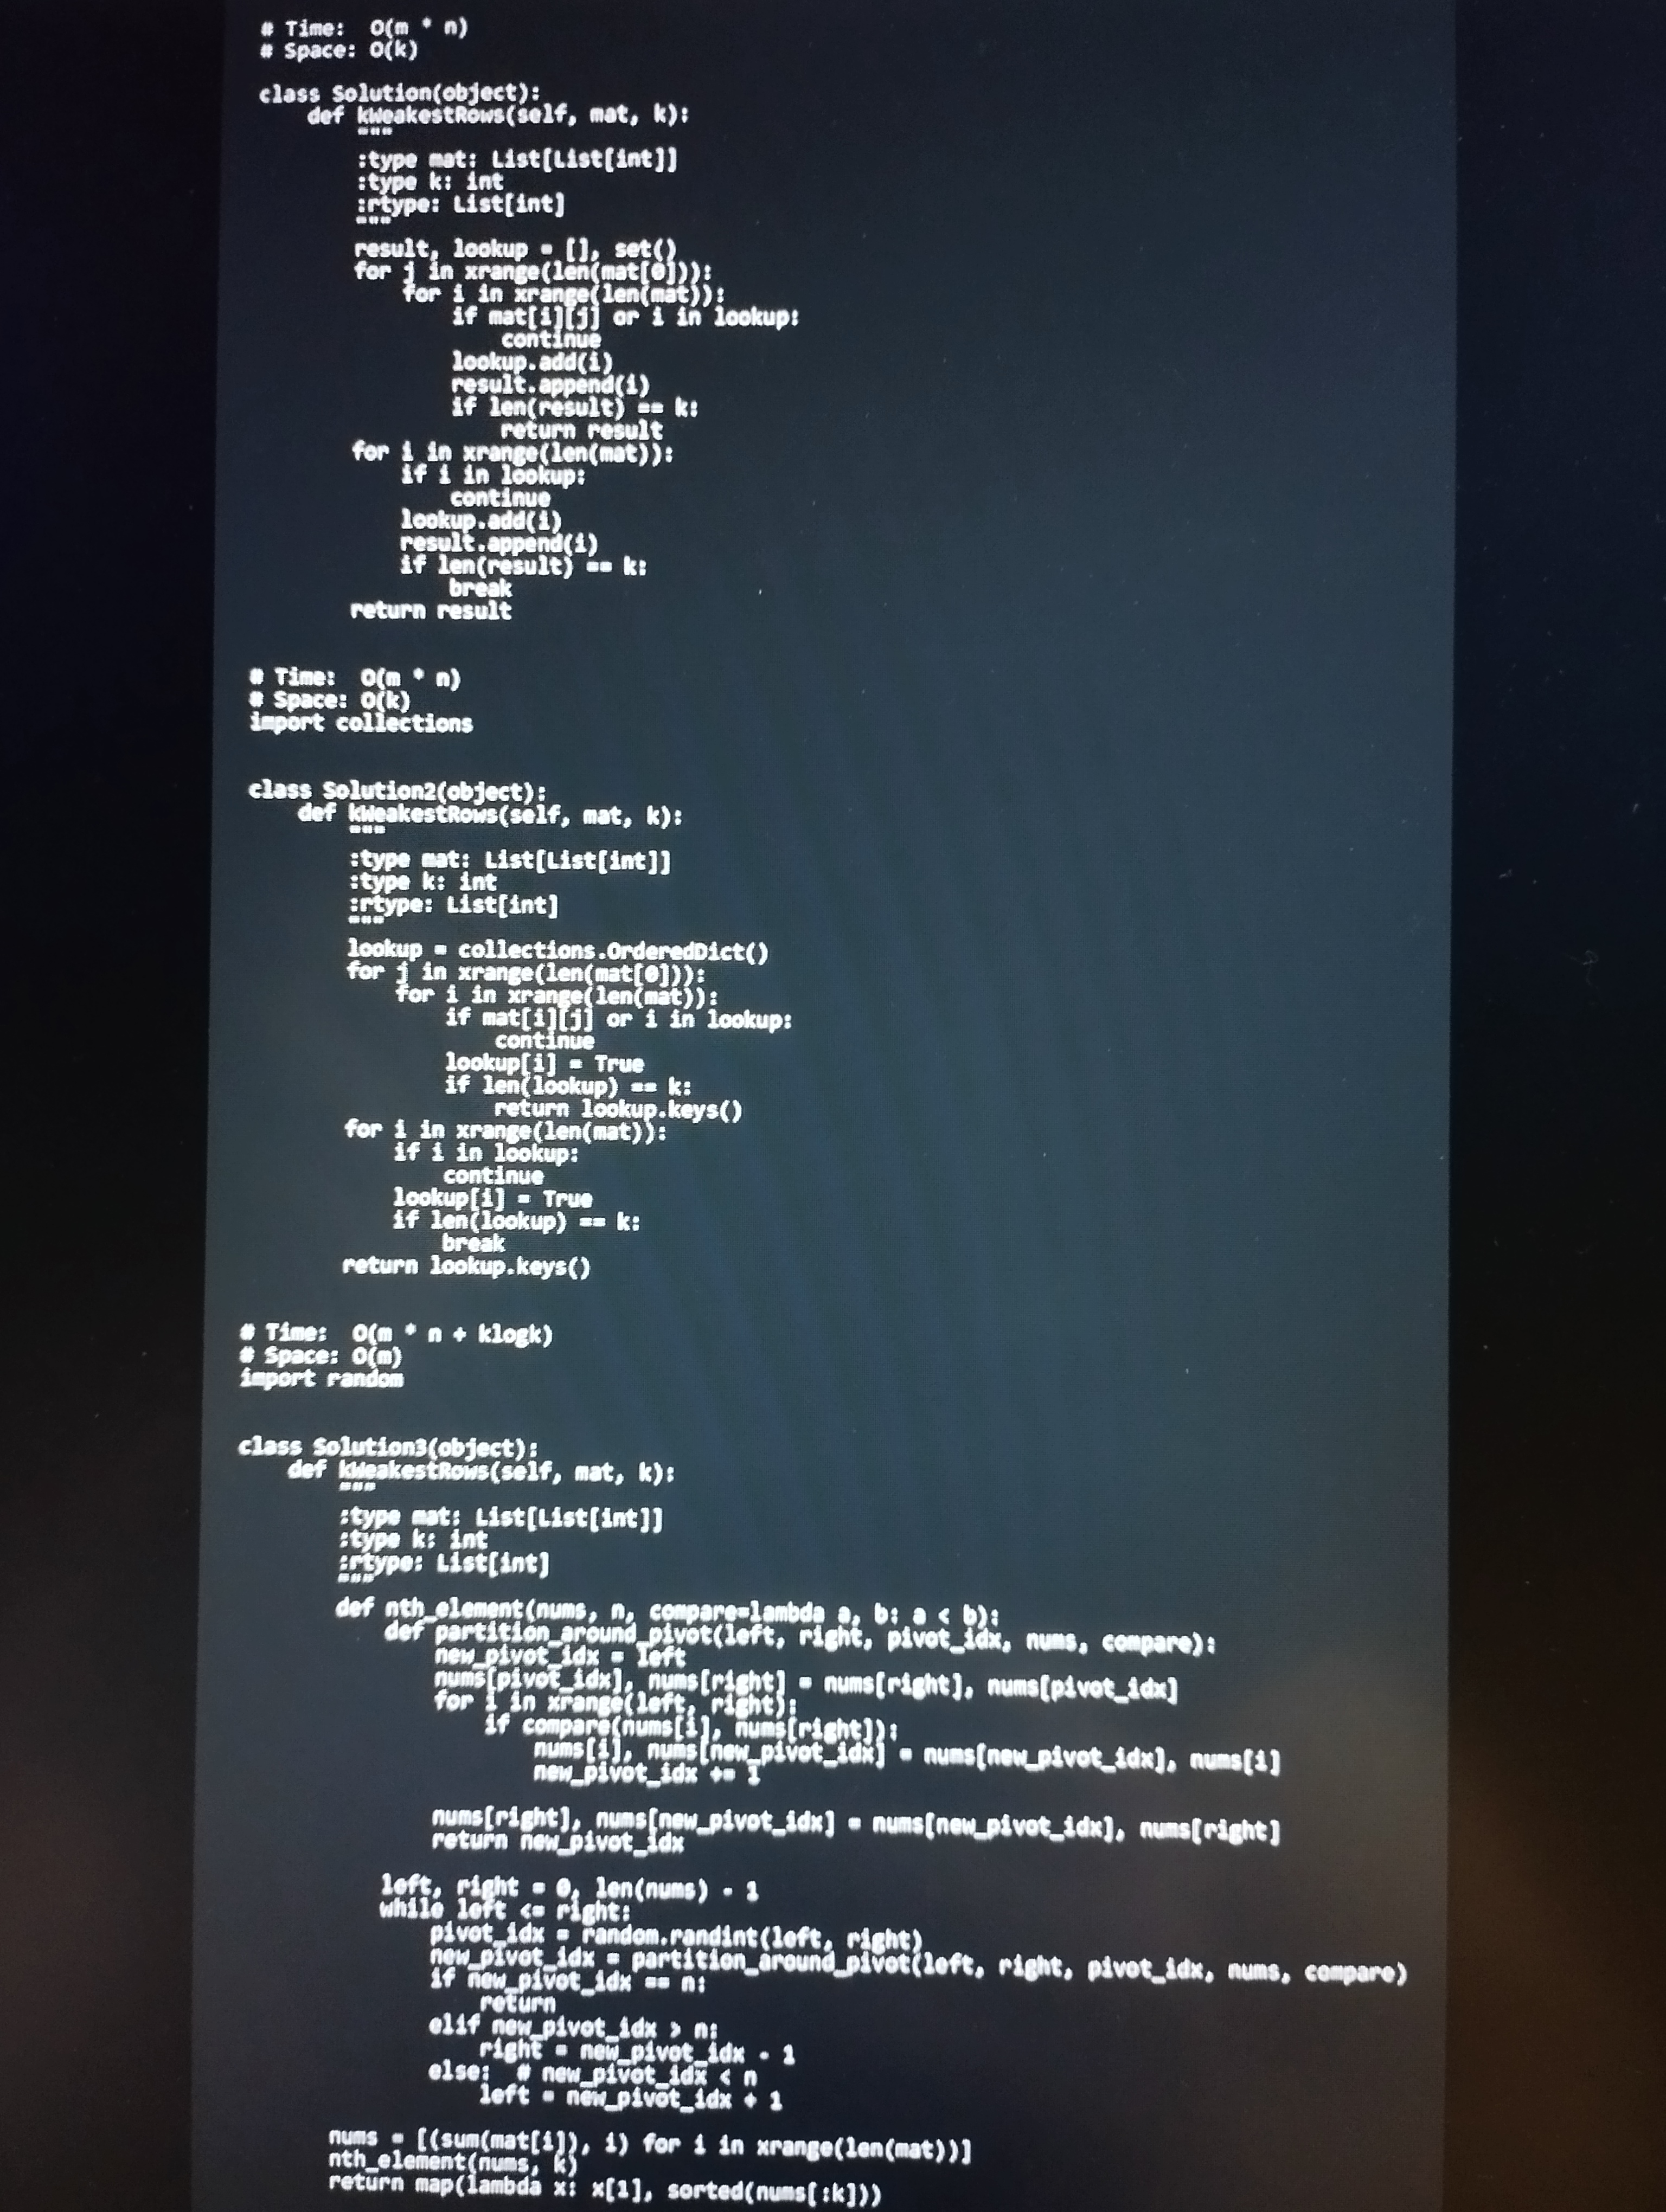
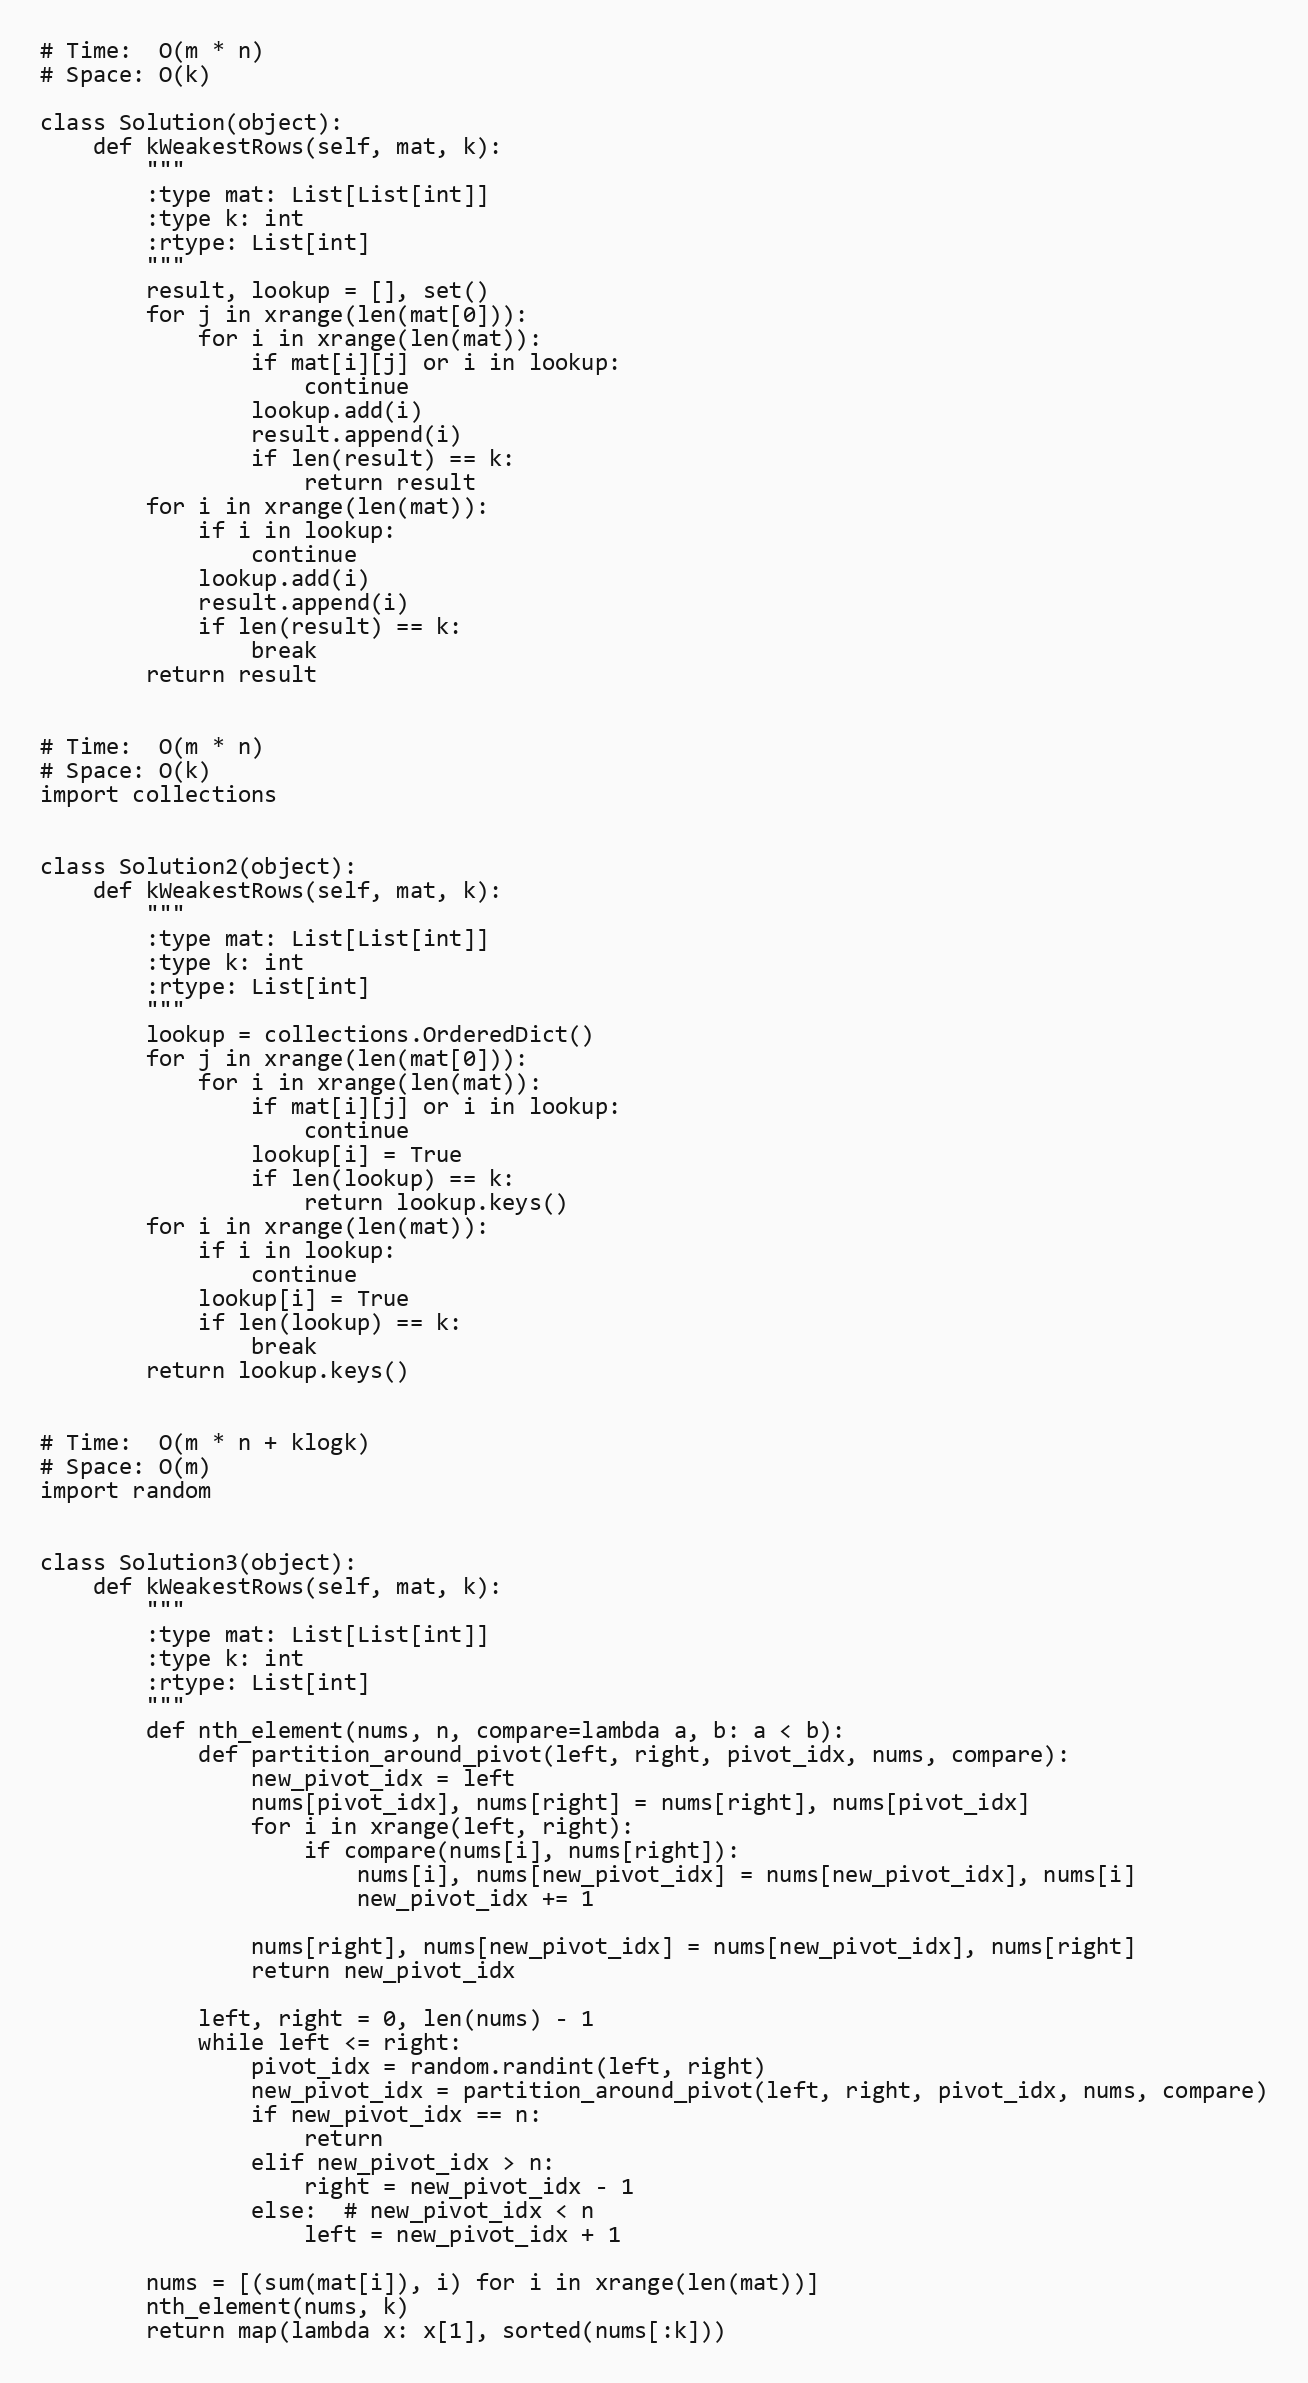
# Time:  O(m * n)
# Space: O(k)

class Solution(object):
    def kWeakestRows(self, mat, k):
        """
        :type mat: List[List[int]]
        :type k: int
        :rtype: List[int]
        """
        result, lookup = [], set()
        for j in xrange(len(mat[0])):
            for i in xrange(len(mat)):
                if mat[i][j] or i in lookup:
                    continue
                lookup.add(i)
                result.append(i)
                if len(result) == k:
                    return result
        for i in xrange(len(mat)):
            if i in lookup:
                continue
            lookup.add(i)
            result.append(i)
            if len(result) == k:
                break
        return result

# Time:  O(m * n)
# Space: O(k)
import collections

class Solution2(object):
    def kWeakestRows(self, mat, k):
        """
        :type mat: List[List[int]]
        :type k: int
        :rtype: List[int]
        """
        lookup = collections.OrderedDict()
        for j in xrange(len(mat[0])):
            for i in xrange(len(mat)):
                if mat[i][j] or i in lookup:
                    continue
                lookup[i] = True
                if len(lookup) == k:
                    return lookup.keys()
        for i in xrange(len(mat)):
            if i in lookup:
                continue
            lookup[i] = True
            if len(lookup) == k:
                break
        return lookup.keys()

# Time:  O(m * n + klogk)
# Space: O(m)
import random

class Solution3(object):
    def kWeakestRows(self, mat, k):
        """
        :type mat: List[List[int]]
        :type k: int
        :rtype: List[int]
        """
        def nth_element(nums, n, compare=lambda a, b: a < b):
            def partition_around_pivot(left, right, pivot_idx, nums, compare):
                new_pivot_idx = left
                nums[pivot_idx], nums[right] = nums[right], nums[pivot_idx]
                for i in xrange(left, right):
                    if compare(nums[i], nums[right]):
                        nums[i], nums[new_pivot_idx] = nums[new_pivot_idx], nums[i]
                        new_pivot_idx += 1

                nums[right], nums[new_pivot_idx] = nums[new_pivot_idx], nums[right]
                return new_pivot_idx

            left, right = 0, len(nums) - 1
            while left <= right:
                pivot_idx = random.randint(left, right)
                new_pivot_idx = partition_around_pivot(left, right, pivot_idx, nums, compare)
                if new_pivot_idx == n:
                    return
                elif new_pivot_idx > n:
                    right = new_pivot_idx - 1
                else:  # new_pivot_idx < n
                    left = new_pivot_idx + 1

        nums = [(sum(mat[i]), i) for i in xrange(len(mat))]
        nth_element(nums, k)
        return map(lambda x: x[1], sorted(nums[:k]))